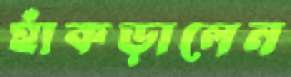
হাঁকড়ালেন